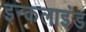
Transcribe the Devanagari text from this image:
इन्कलाइंड